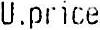
U.PRICE